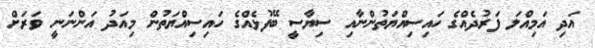
އަދި އަމިއްލަ ފަރުދެއްގެ ހައިސިއްޔަތުންނާއި ސިޔާސީ ބޭފުޅެއްގެ ހައިސިއްޔަތުން މިއަދު އަންނަނީ ވަރަށް